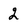
Character: 2